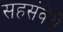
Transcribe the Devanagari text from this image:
सहसंवेदी